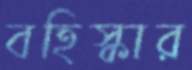
বহিস্কার